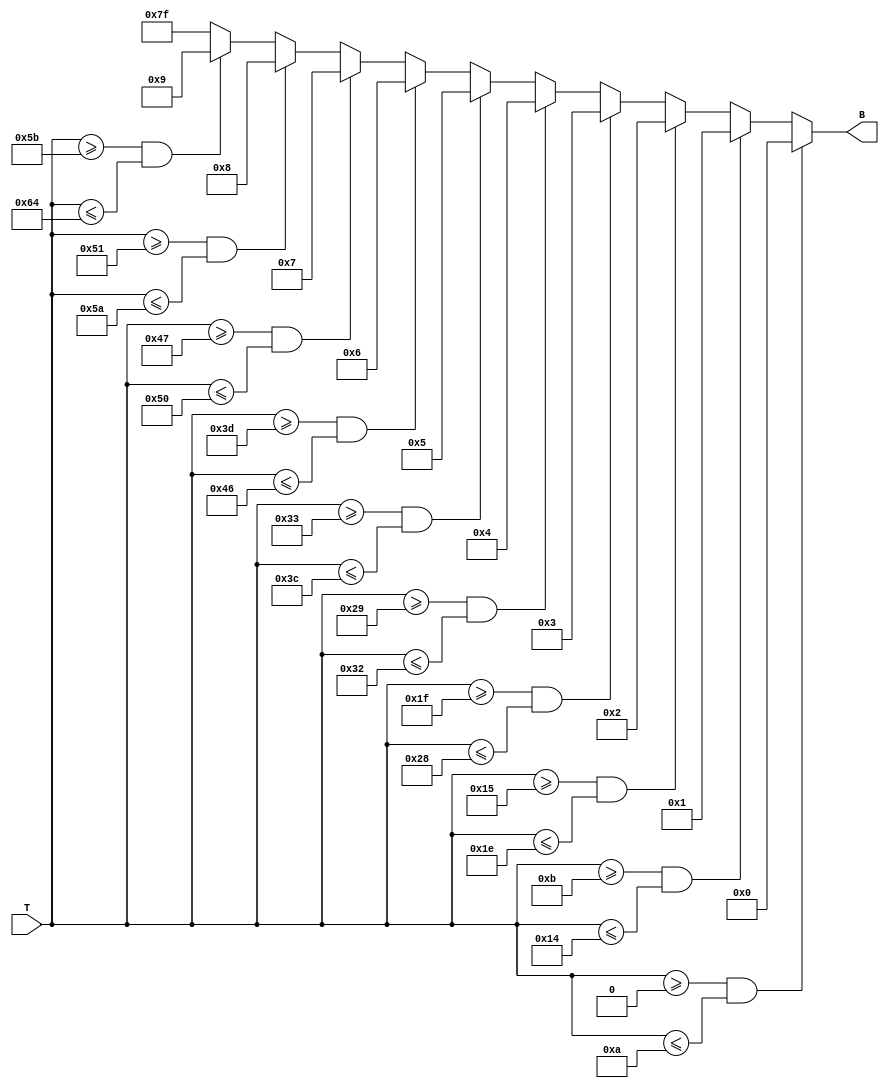
module thermal_encoder (
    input [7:0] T,      // 8-bit temperature input
    output reg [6:0] B  // 7-bit encoded output
);

    always @(*) begin
        // Default case
        B = 7'b1111111; // Default code for out of range (error code)

        // Encoding logic based on temperature ranges
        if (T >= 8'd0 && T <= 8'd10)   B = 7'b0000000; // 0C to 10C
        else if (T >= 8'd11 && T <= 8'd20) B = 7'b0000001; // 11C to 20C
        else if (T >= 8'd21 && T <= 8'd30) B = 7'b0000010; // 21C to 30C
        else if (T >= 8'd31 && T <= 8'd40) B = 7'b0000011; // 31C to 40C
        else if (T >= 8'd41 && T <= 8'd50) B = 7'b0000100; // 41C to 50C
        else if (T >= 8'd51 && T <= 8'd60) B = 7'b0000101; // 51C to 60C
        else if (T >= 8'd61 && T <= 8'd70) B = 7'b0000110; // 61C to 70C
        else if (T >= 8'd71 && T <= 8'd80) B = 7'b0000111; // 71C to 80C
        else if (T >= 8'd81 && T <= 8'd90) B = 7'b0001000; // 81C to 90C
        else if (T >= 8'd91 && T <= 8'd100) B = 7'b0001001; // 91C to 100C
    end

endmodule